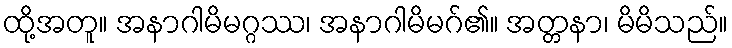
ထို့အတူ။ အနာဂါမိမဂ္ဂဿ၊ အနာဂါမိမဂ်၏။ အတ္တနာ၊ မိမိသည်။